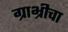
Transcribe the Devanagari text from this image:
ग्राभ्रीचा